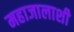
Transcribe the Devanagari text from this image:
महाजालाशी